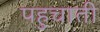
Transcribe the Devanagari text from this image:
पहुचाती